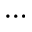
\cdots